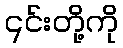
၎င်းတို့ကို